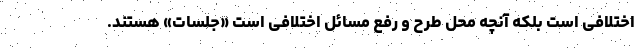
اختلافی است بلکه آنچه محل طرح و رفع مسائل اختلافی است «جلسات» هستند.